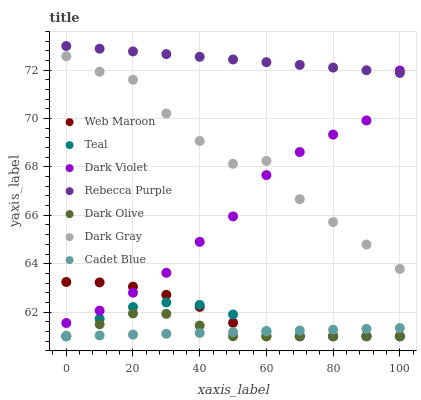
| xaxis_label | Web Maroon | Teal | Dark Violet | Rebecca Purple | Dark Olive | Dark Gray | Cadet Blue |
 | --- | --- | --- | --- | --- | --- | --- | --- |
 | 0 | 63.2 | 61 | 61.5 | 73 | 61 | 72.6 | 61 |
 | 10 | 63.2 | 61.7 | 62.1 | 72.9 | 61.5 | 71.9 | 61 |
 | 20 | 63 | 62.2 | 62.8 | 72.8 | 61.9 | 71.6 | 61.1 |
 | 30 | 62.7 | 62.4 | 63.6 | 72.7 | 61.9 | 70.2 | 61.1 |
 | 40 | 62.2 | 62.3 | 64.9 | 72.6 | 61.4 | 69.1 | 61.1 |
 | 50 | 61.6 | 61.9 | 66 | 72.4 | 61 | 68.1 | 61.2 |
 | 60 | 61 | 61.2 | 67.7 | 72.3 | 61 | 68.2 | 61.2 |
 | 70 | 61 | 61 | 68.6 | 72.2 | 61 | 66.7 | 61.2 |
 | 80 | 61 | 61 | 69.3 | 72.1 | 61 | 65.7 | 61.3 |
 | 90 | 61 | 61 | 69.9 | 72 | 61 | 64.8 | 61.3 |
 | 100 | 61 | 61 | 72 | 71.9 | 61 | 63.8 | 61.3 |